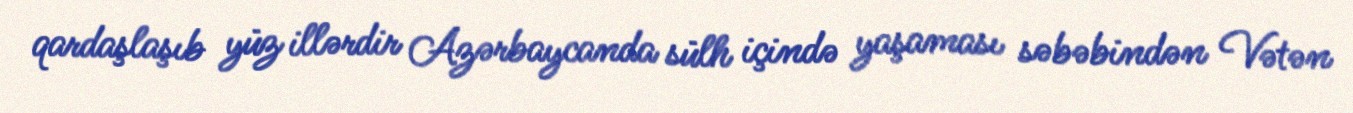
qardaşlaşıb yüz illərdir Azərbaycanda sülh içində yaşaması səbəbindən Vətən